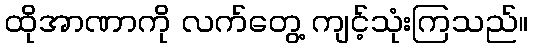
ထိုအာဏာကို လက်တွေ့ ကျင့်သုံးကြသည်။